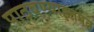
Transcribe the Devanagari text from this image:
पाठवण्याइतपत